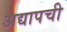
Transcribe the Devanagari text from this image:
अद्यापची